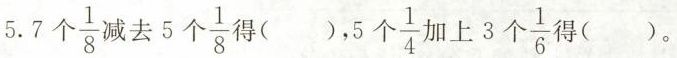
5.7个 \frac{1}{8} 减去5个 \frac{1}{8} 得( )，5个 \frac{1}{4} 加上3个 \frac{1}{6} 得( )。